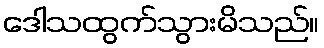
ဒေါသထွက်သွားမိသည်။